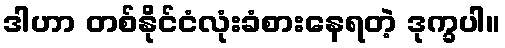
ဒါဟာ တစ်နိုင်ငံလုံးခံစားနေရတဲ့ ဒုက္ခပါ။